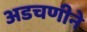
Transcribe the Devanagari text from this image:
अडचणीने